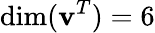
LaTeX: \mathrm{dim}(\mathbf{v}^{T})=6